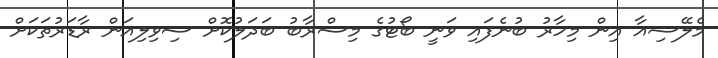
މެލޭޝިއާ އިން މިހާރު ބުނެފައި ވަނީ ބޯޓުގެ މިސްރާބު ބަދަލުކޮށް ސިވިލިއަން ރާޑަރުތަކަށް